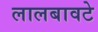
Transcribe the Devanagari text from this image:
लालबावटे